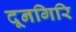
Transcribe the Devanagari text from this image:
दूनगिरि